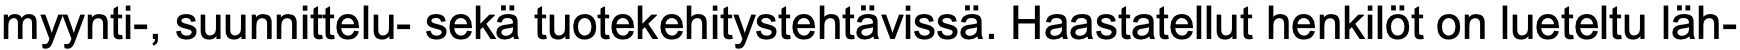
myynti-, suunnittelu- sekä tuotekehitystehtävissä. Haastatellut henkilöt on lueteltu läh-